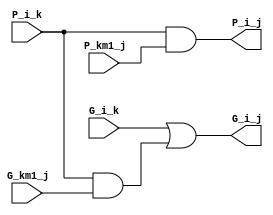
module BlackBlock ( G_i_k,P_i_k,G_km1_j,P_km1_j,G_i_j,P_i_j );
input G_i_k;
input P_i_k;
input G_km1_j;
input P_km1_j;
output G_i_j;
output P_i_j;
assign G_i_j = G_i_k | ( P_i_k & G_km1_j ) ;
assign P_i_j = P_i_k & P_km1_j ;
endmodule